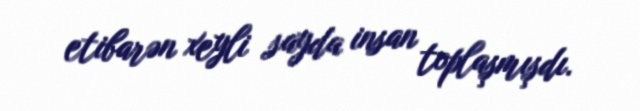
etibarən xeyli sayda insan toplaşmışdı.